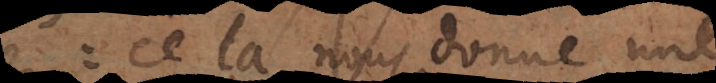
cela nous donne une